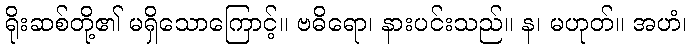
ရိုးဆစ်တို့၏ မရှိသောကြောင့်။ ဗဓိရော၊ နားပင်းသည်။ န၊ မဟုတ်။ အဟံ၊